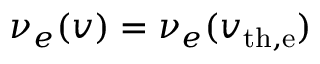
\nu _ { e } ( v ) = \nu _ { e } ( v _ { \mathrm { t h , e } } )